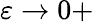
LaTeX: \varepsilon\rightarrow 0+